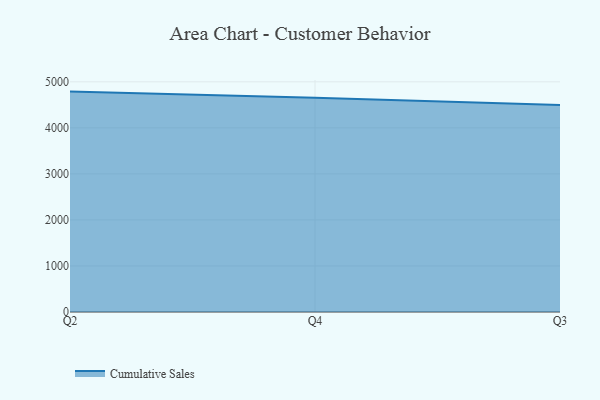
{"axis": {"x": "Quarter", "y": "Page Views"}, "legend": ["Cumulative Sales"], "data": [{"x": "Q2", "y": 4787.5, "type": "Cumulative Sales"}, {"x": "Q4", "y": 4655.0, "type": "Cumulative Sales"}, {"x": "Q3", "y": 4494.6, "type": "Cumulative Sales"}]}